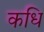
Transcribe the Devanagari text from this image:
कधि